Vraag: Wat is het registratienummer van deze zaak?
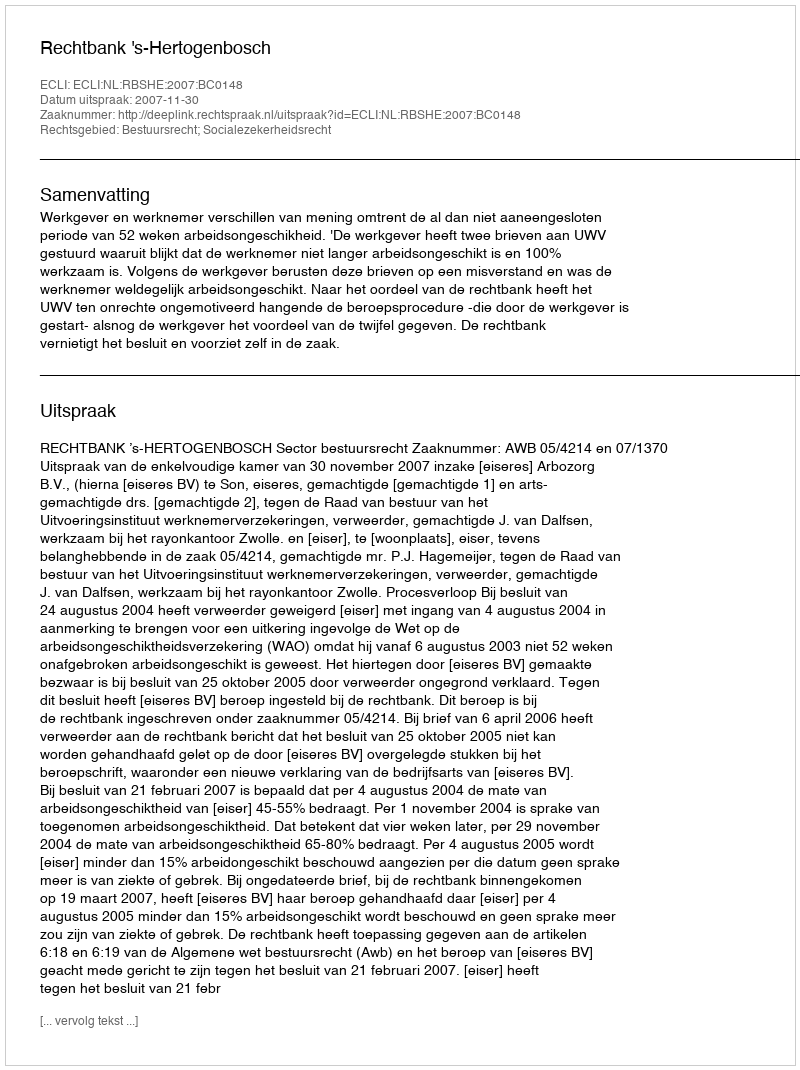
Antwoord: http://deeplink.rechtspraak.nl/uitspraak?id=ECLI:NL:RBSHE:2007:BC0148